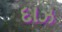
દાઝ